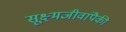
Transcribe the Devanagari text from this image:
सूक्ष्मजीवांपैकी